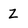
Character: Z